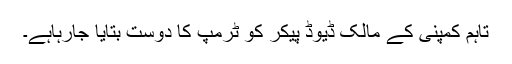
تاہم کمپنی کے مالک ڈیوڈ پیكر کو ٹرمپ کا دوست بتایا جارہاہے۔